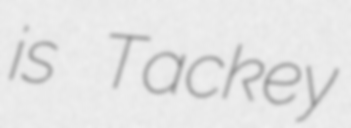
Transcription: is Tackey